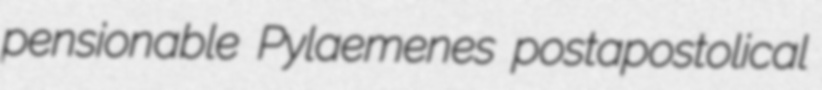
pensionable Pylaemenes postapostolical